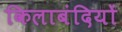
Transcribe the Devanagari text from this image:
किलाबंदियों